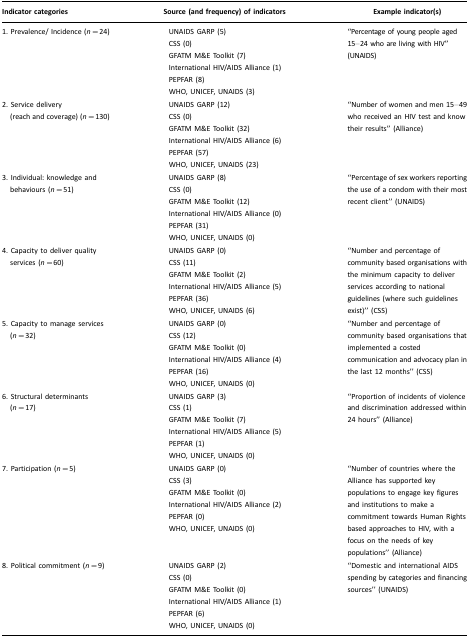
<table><thead><tr><td><b>Indicator categories</b></td><td><b>Source (and frequency) of indicators</b></td><td><b>Example indicator(s)</b></td></tr></thead><tbody><tr><td>1. Prevalence/ Incidence (<i>n</i>=24)</td><td>UNAIDS GARP (5)CSS (0) GFATM M&amp;E Toolkit (7) International HIV/AIDS Alliance (1) PEPFAR (8) WHO, UNICEF, UNAIDS (3)</td><td>“Percentage of young people aged 15–24 who are living with HIV” (UNAIDS)</td></tr><tr><td>2. Service delivery (reach and coverage) (<i>n</i>=130)</td><td>UNAIDS GARP (12) CSS (0) GFATM M&amp;E Toolkit (32) International HIV/AIDS Alliance (6) PEPFAR (57) WHO, UNICEF, UNAIDS (23)</td><td>“Number of women and men 15–49 who received an HIV test and know their results” (Alliance)</td></tr><tr><td>3. Individual: knowledge and behaviours (<i>n</i>=51)</td><td>UNAIDS GARP (8) CSS (0) GFATM M&amp;E Toolkit (12)International HIV/AIDS Alliance (0) PEPFAR (31) WHO, UNICEF, UNAIDS (0)</td><td>“Percentage of sex workers reporting the use of a condom with their most recent client” (UNAIDS)</td></tr><tr><td>4. Capacity to deliver quality services (<i>n</i>=60)</td><td>UNAIDS GARP (0) CSS (11) GFATM M&amp;E Toolkit (2) International HIV/AIDS Alliance (5) PEPFAR (36) WHO, UNICEF, UNAIDS (6)</td><td>“Number and percentage of community based organisations with the minimum capacity to deliver services according to national guidelines (where such guidelines exist)” (CSS)</td></tr><tr><td>5. Capacity to manage services (<i>n</i>=32)</td><td>UNAIDS GARP (0)CSS (12) GFATM M&amp;E Toolkit (0) International HIV/AIDS Alliance (4) PEPFAR (16) WHO, UNICEF, UNAIDS (0)</td><td>“Number and percentage of community based organisations that implemented a costed communication and advocacy plan in the last 12 months” (CSS)</td></tr><tr><td>6. Structural determinants (<i>n</i>=17)</td><td>UNAIDS GARP (3) CSS (1) GFATM M&amp;E Toolkit (7) International HIV/AIDS Alliance (5) PEPFAR (1) WHO, UNICEF, UNAIDS (0)</td><td>“Proportion of incidents of violence and discrimination addressed within 24 hours” (Alliance)</td></tr><tr><td>7. Participation (<i>n</i>=5)</td><td>UNAIDS GARP (0) CSS (3) GFATM M&amp;E Toolkit (0) International HIV/AIDS Alliance (2) PEPFAR (0) WHO, UNICEF, UNAIDS (0)</td><td>“Number of countries where the Alliance has supported key populations to engage key figures and institutions to make a commitment towards Human Rights based approaches to HIV, with a focus on the needs of key populations” (Alliance)</td></tr><tr><td>8. Political commitment (<i>n</i>=9)</td><td>UNAIDS GARP (2) CSS (0) GFATM M&amp;E Toolkit (0)International HIV/AIDS Alliance (1) PEPFAR (6) WHO, UNICEF, UNAIDS (0)</td><td>“Domestic and international AIDS spending by categories and financing sources” (UNAIDS)</td></tr></tbody></table>